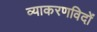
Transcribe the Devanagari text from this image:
व्याकरणविदों